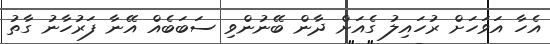
އެހާ އަވަހަށް ރުހައިލު ގެއަށް ދާން ބޭނުންވި ސަބަބެއް އޭނާ ފަރުހާނު ގާތު